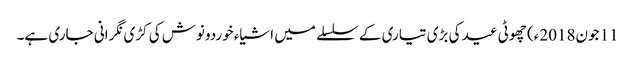
11 جون2018ء) چھوٹی عید کی بڑی تیاری کے سلسلے میں اشیاء خوردونوش کی کڑی نگرانی جاری ہے۔